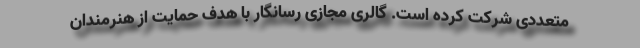
متعددی شرکت کرده است. گالری مجازی رسانگار با هدف حمایت از هنرمندان